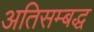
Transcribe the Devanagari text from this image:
अतिसम्बद्ध